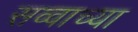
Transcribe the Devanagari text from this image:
सव्वाच्या